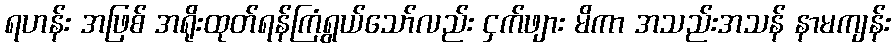
ရဟန်း အဖြစ် အရိုးထုတ်ရန်ကြံရွယ်သော်လည်း ငှက်ဖျား မိကာ အသည်းအသန် နာမကျန်း